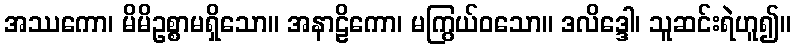
အဿကော၊ မိမိဥစ္စာမရှိသော။ အနာဠိကော၊ မကြွယ်ဝသော။ ဒလိဒ္ဒေါ၊ သူဆင်းရဲဟူ၍။